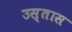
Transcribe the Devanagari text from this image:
उस्तास